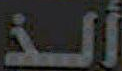
ألذ